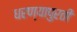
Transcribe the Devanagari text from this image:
धरण्यापुरती